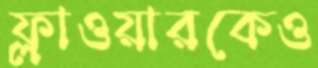
ফ্লাওয়ারকেও